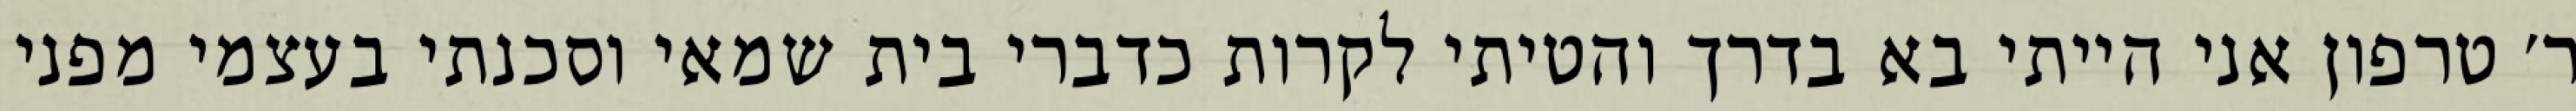
ר׳ טרפון אני הייתי בא בדרך והטיתי לקרות כדברי בית שמאי וסכנתי בעצמי מפני